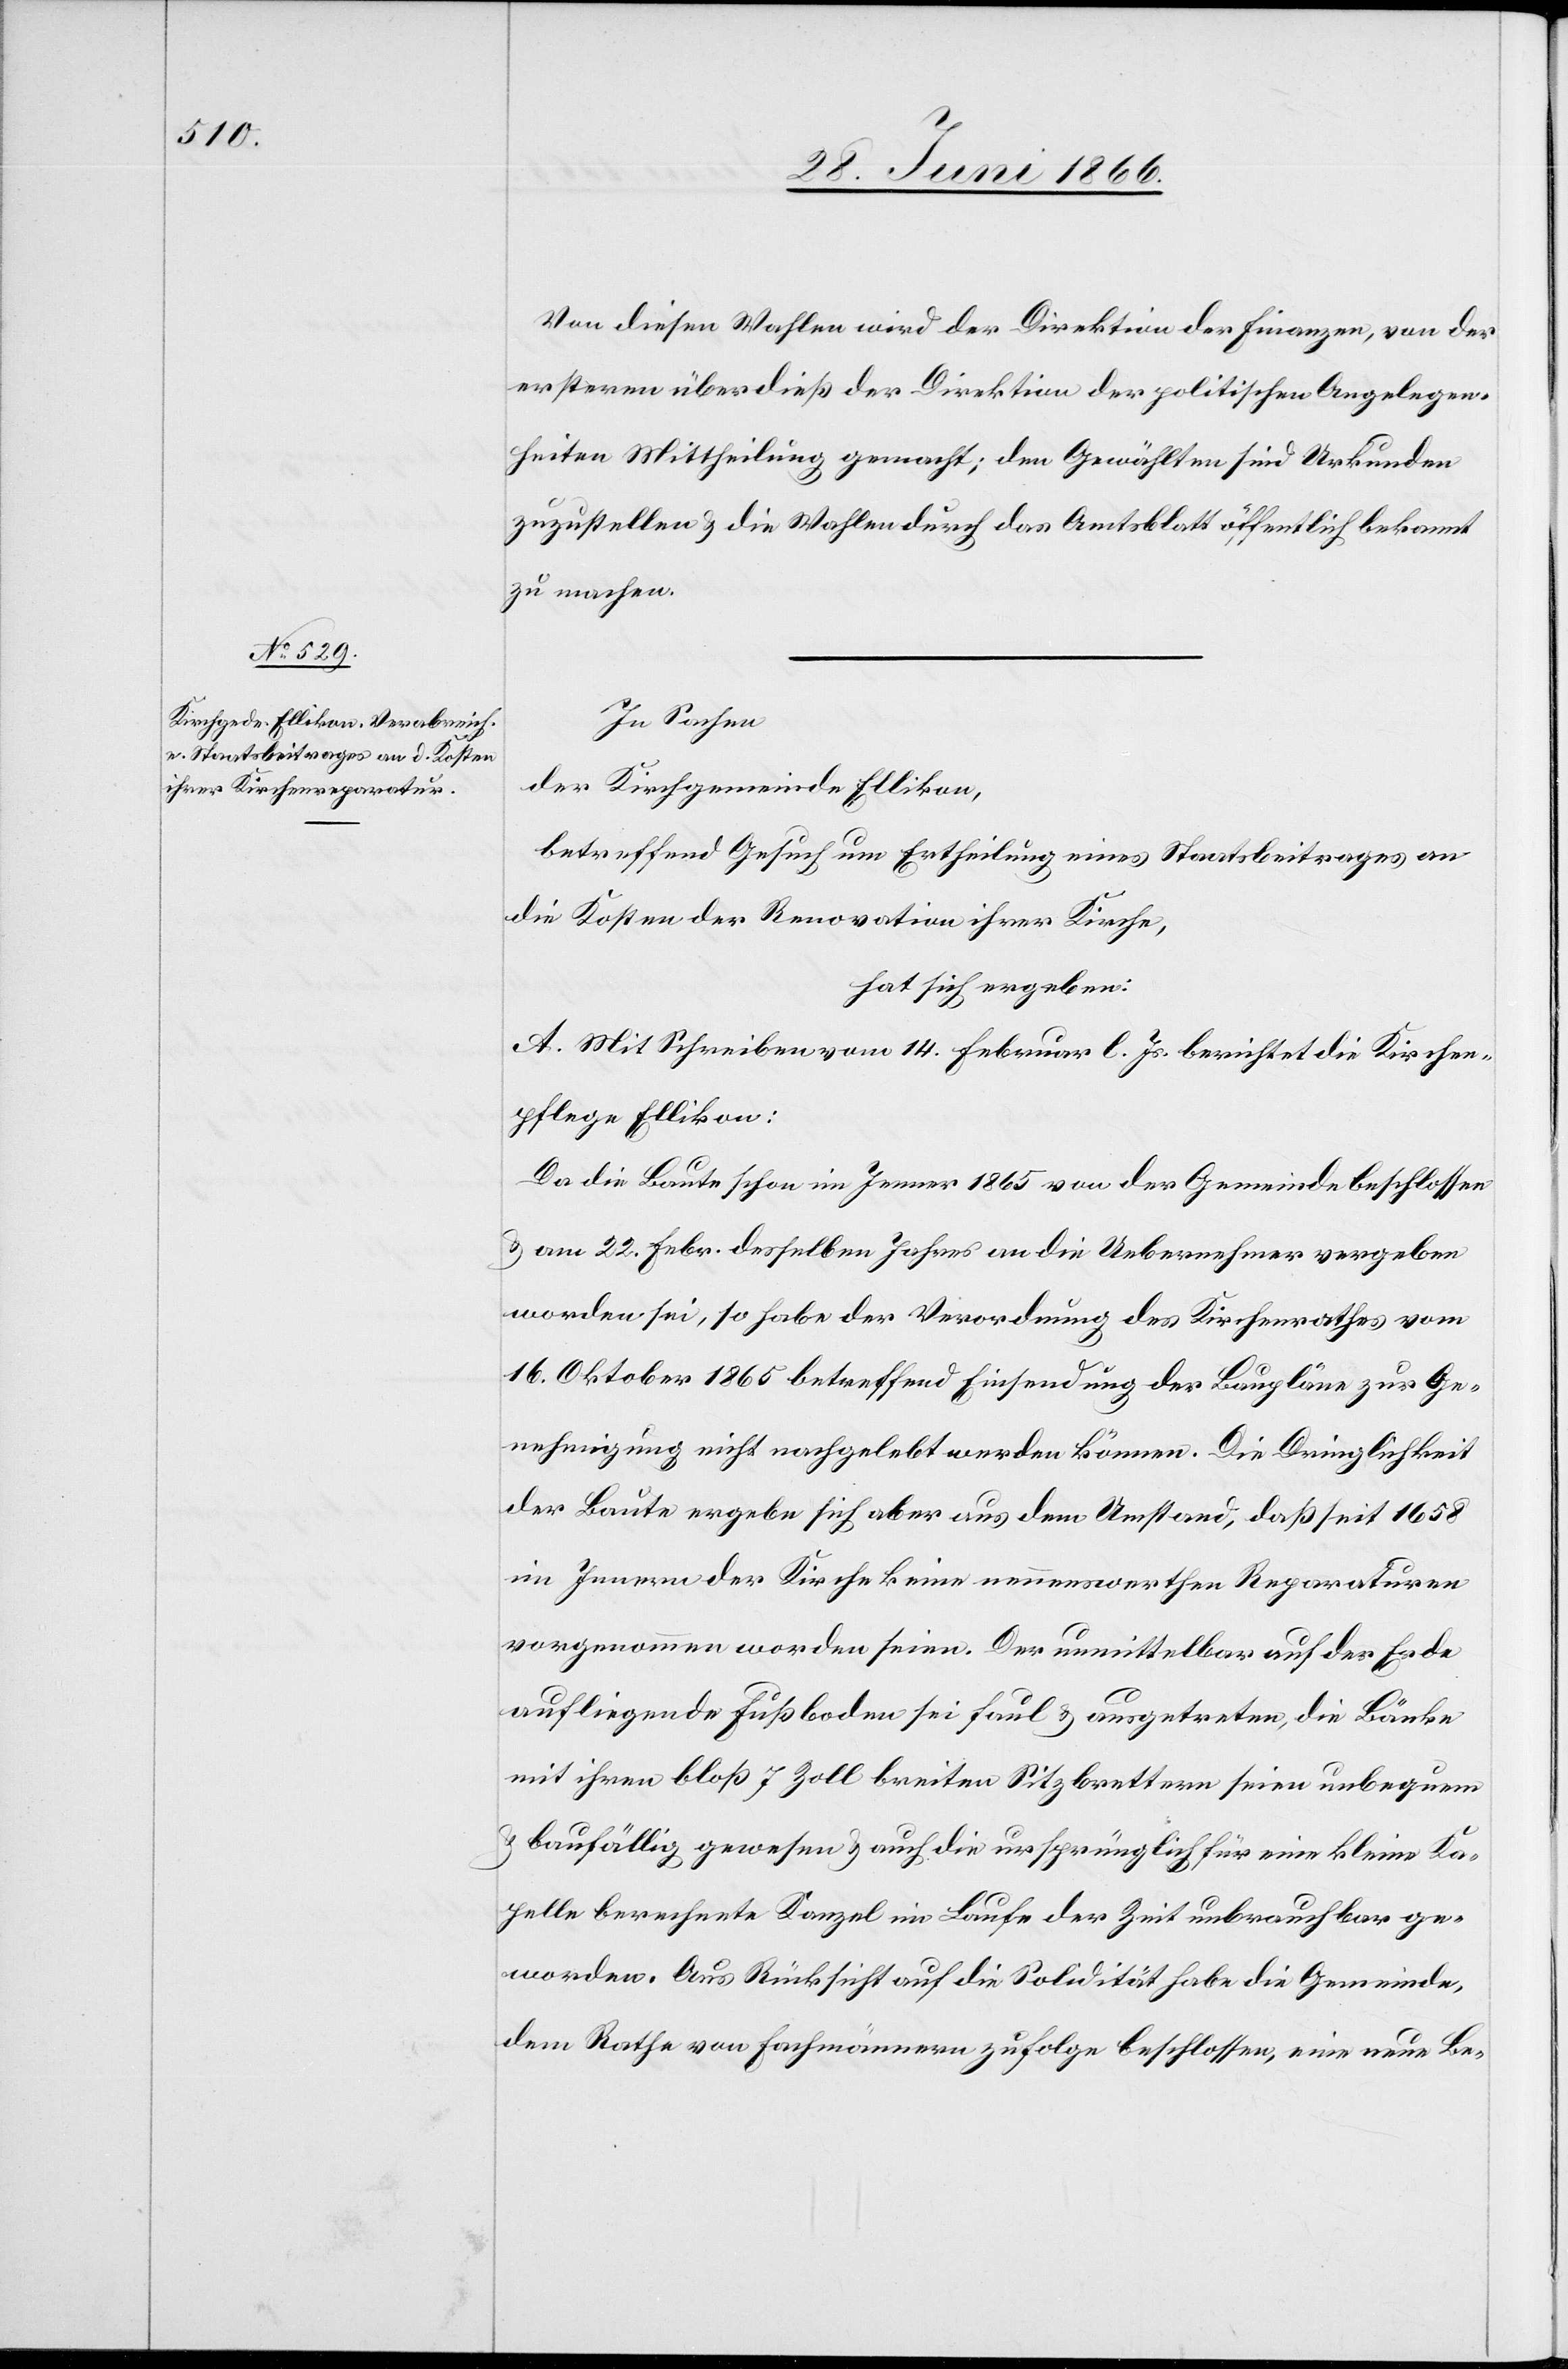
Von diesen Wahlen wird der Direktion der Finanzen, von der
erstern überdieß der Direktion der politischen Angelegen¬
heiten Mittheilung gemacht; den Gewählten sind Urkunden
zuzustellen u. die Wahlen durch das Amtsblatt öffentlich bekannt
zu machen.
In Sachen
der Kirchgemeinde Ellikon,
betreffend Gesuch um Ertheilung eines Staatsbeitrages an
die Kosten der Renovation ihrer Kirche,
hat sich ergeben:
A. Mit Schreiben vom 14. Februar l. Js. berichtet die Kirchen¬
pflege Ellikon:
Da die Baute schon im Jenner 1865 von der Gemeinde beschlossen
worden sei, so habe der Verordnung des Kirchenrathes vom
16. Oktober 1865 betreffend Einsendung der Baupläne zur Ge¬
nehmigung nicht nachgelebt werden können. Die Dringlichkeit
der Baute ergebe sich aber aus dem Umstand, daß seit 1858
im Innern der Kirche keine nennenswerthen Reparaturen
vorgenommen worden seien. Der unmittelbar auf der Erde
aufliegende Fußboden sei faul u. ausgetreten, die Bänke
mit ihren bloß 7 Zoll breiten Sitzbrettern seien unbequem
u. baufällig gewesen u. auch die ursprünglich für eine kleine Ka¬
pelle berechnete Kanzel im Laufe der Zeit unbrauchbar ge¬
worden. Aus Rücksicht auf die Solidität habe die Gemeinde
dem Rathe von Fachmännern zufolge beschlossen, eine neue Be-